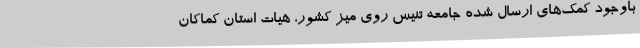
باوجود کمک‌های ارسال شده جامعه تنیس روی میز کشور، هیات استان کماکان